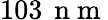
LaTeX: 103\, \mathrm{~n~m~}